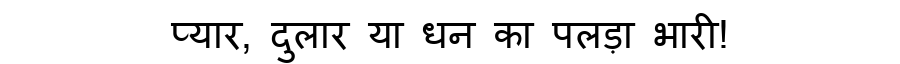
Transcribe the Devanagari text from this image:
प्यार, दुलार या धन का पलड़ा भारी!